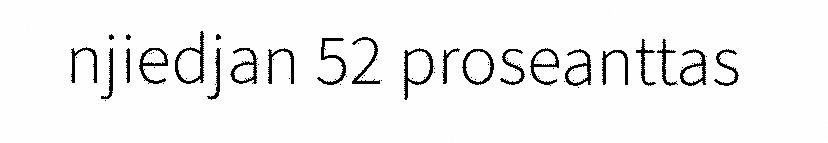
njiedjan 52 proseanttas